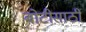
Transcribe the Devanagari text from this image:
बोटीसाठी